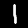
Digit: 1